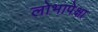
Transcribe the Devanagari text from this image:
लोभापेक्षा